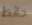
حائط